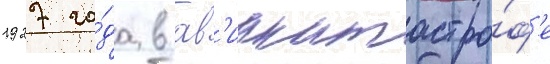
1927 го́да в ав'иакатастро́ф'е